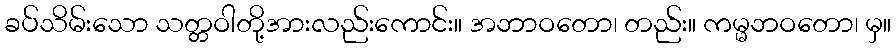
ခပ်သိမ်းသော သတ္တဝါတို့အားလည်းကောင်း။ အဘာဝတော၊ တည်း။ ကမ္မဘဝတော၊ မှ။